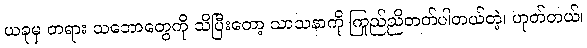
ယခုမှ တရား သဘောတွေကို သိပြီးတော့ သာသနာကို ကြည်ညိုတတ်ပါတယ်တဲ့၊ ဟုတ်တယ်၊